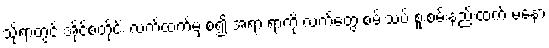
သို့ရာတွင် အိုင်စတိုင်း လက်ထက်မှ စ၍ အရာ ရာကို လက်တွေ့ စမ်းသပ် စူးစမ်းနည်းထက် မနော